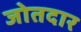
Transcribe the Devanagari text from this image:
जोतदार